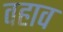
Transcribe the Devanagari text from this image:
वहाव